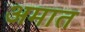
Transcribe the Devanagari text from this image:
अमात